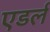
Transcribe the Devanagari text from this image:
एडर्ल